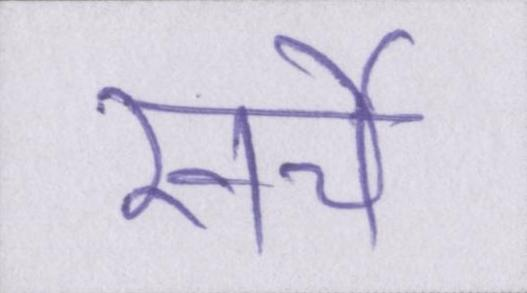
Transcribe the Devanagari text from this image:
खर्चे